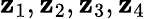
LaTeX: \mathbf{z}_{1},\mathbf{z}_{2},\mathbf{z}_{3},\mathbf{z}_{4}